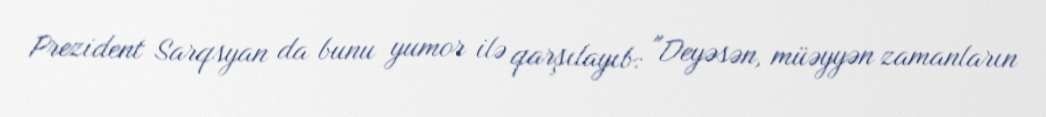
Prezident Sarqsyan da bunu yumor ilə qarşılayıb: "Deyəsən, müəyyən zamanların